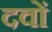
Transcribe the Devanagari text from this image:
दवों